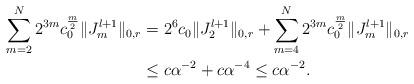
LaTeX: \begin{align*}\sum_{m=2}^N2^{3m} c_0^{\frac{m}{2}}\|J_{m}^{l+1}\|_{0,r}&=2^6c_0\|J_2^{l+1}\|_{0,r}+\sum_{m=4}^N2^{3m} c_0^{\frac{m}{2}}\|J_m^{l+1}\|_{0,r}\\&\le c\alpha^{-2}+c\alpha^{-4}\le c\alpha^{-2}.\end{align*}